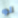
لو